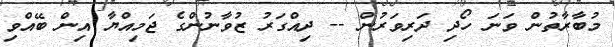
މުބާރާތުން ވަނަ ހޯދި ދަރިވަރުން -- ދިއްގަރު ޒުވާނުންގެ ޖަމިއްޔާ އިން ބޭއްވި